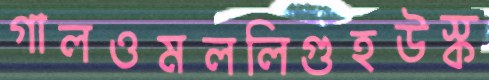
গালওমললিগুহউস্ক